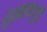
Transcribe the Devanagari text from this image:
शेम्मान्गुड़ी